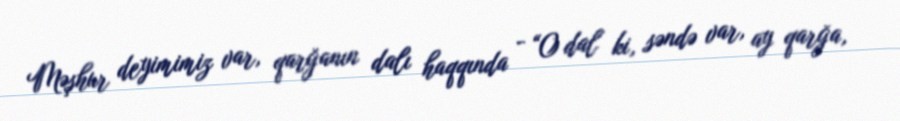
Məşhur deyimimiz var, qarğanın dalı haqqında - “O dal ki, səndə var, ay qarğa,